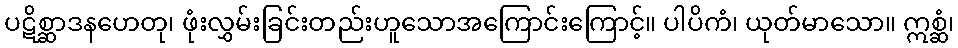
ပဋိစ္ဆာဒနဟေတု၊ ဖုံးလွှမ်းခြင်းတည်းဟူသောအကြောင်းကြောင့်။ ပါပိကံ၊ ယုတ်မာသော။ ဣစ္ဆံ၊